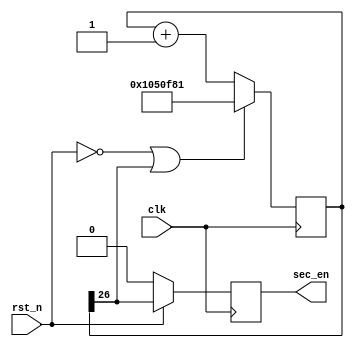
module sec_cnt (clk, rst_n, sec_en);

input clk, rst_n;
reg [26:0] clk_cnt;
output reg sec_en;

localparam SEC_START = 26'd17108865; // sec_cnt it will end at 2^26, allow us to use 27th bit as end signal
    
always @(posedge clk) begin
	if (~rst_n | (clk_cnt[26])) clk_cnt <= SEC_START;
	else clk_cnt <= clk_cnt + 1;
end

always @(posedge clk) begin
	if (~rst_n) sec_en <= 1'b0;
	else sec_en <= clk_cnt[26];
end
endmodule